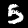
Digit: 5